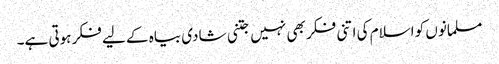
مسلمانوں کو اسلام کی اتنی فکر بھی نہیں جتنی شادی بیاہ کے لیے فکر ہوتی ہے۔